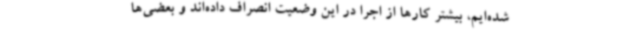
شده‌ایم، بیشتر کارها از اجرا در این وضعیت انصراف داده‌اند و بعضی‌ها